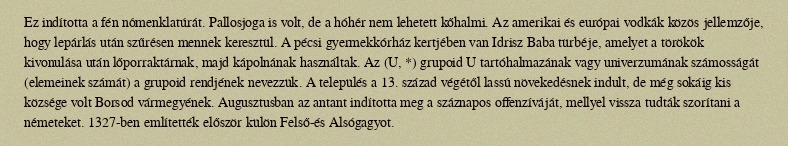
Ez indította a fén nómenklatúrát. Pallosjoga is volt, de a hóhér nem lehetett kőhalmi. Az amerikai és európai vodkák közös jellemzője, hogy lepárlás után szűrésen mennek keresztül. A pécsi gyermekkórház kertjében van Idrisz Baba türbéje, amelyet a törökök kivonulása után lőporraktárnak, majd kápolnának használtak. Az (U, *) grupoid U tartóhalmazának vagy univerzumának számosságát (elemeinek számát) a grupoid rendjének nevezzük. A település a 13. század végétől lassú növekedésnek indult, de még sokáig kis községe volt Borsod vármegyének. Augusztusban az antant indította meg a száznapos offenzíváját, mellyel vissza tudták szorítani a németeket. 1327-ben említették először külön Felső-és Alsógagyot.